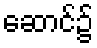
ဆောင်၌